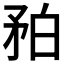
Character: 𥍡